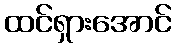
ထင်ရှားအောင်